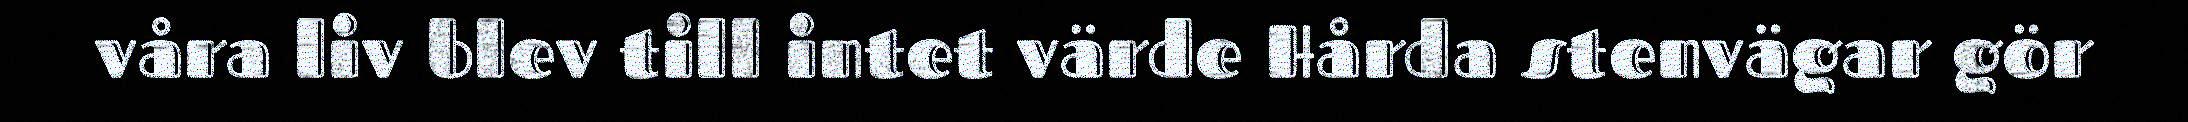
våra liv blev till intet värde Hårda stenvägar gör